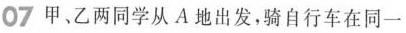
07 甲，乙两同学从A地出发，骑自行车在同一